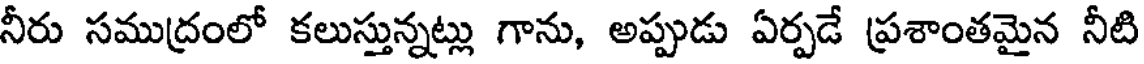
నీరు సముద్రంలో కలుస్తున్నట్లు గాను, అప్పుడు ఏర్పడే ప్రశాంతమైన నీటి